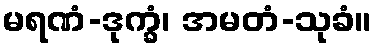
မရဏံ-ဒုက္ခံ၊ အမတံ-သုခံ။